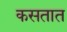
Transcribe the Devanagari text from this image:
कसतात